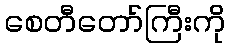
စေတီတော်ကြီးကို